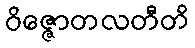
ဝိဇ္ဇောတလတီတိ